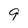
Character: 9